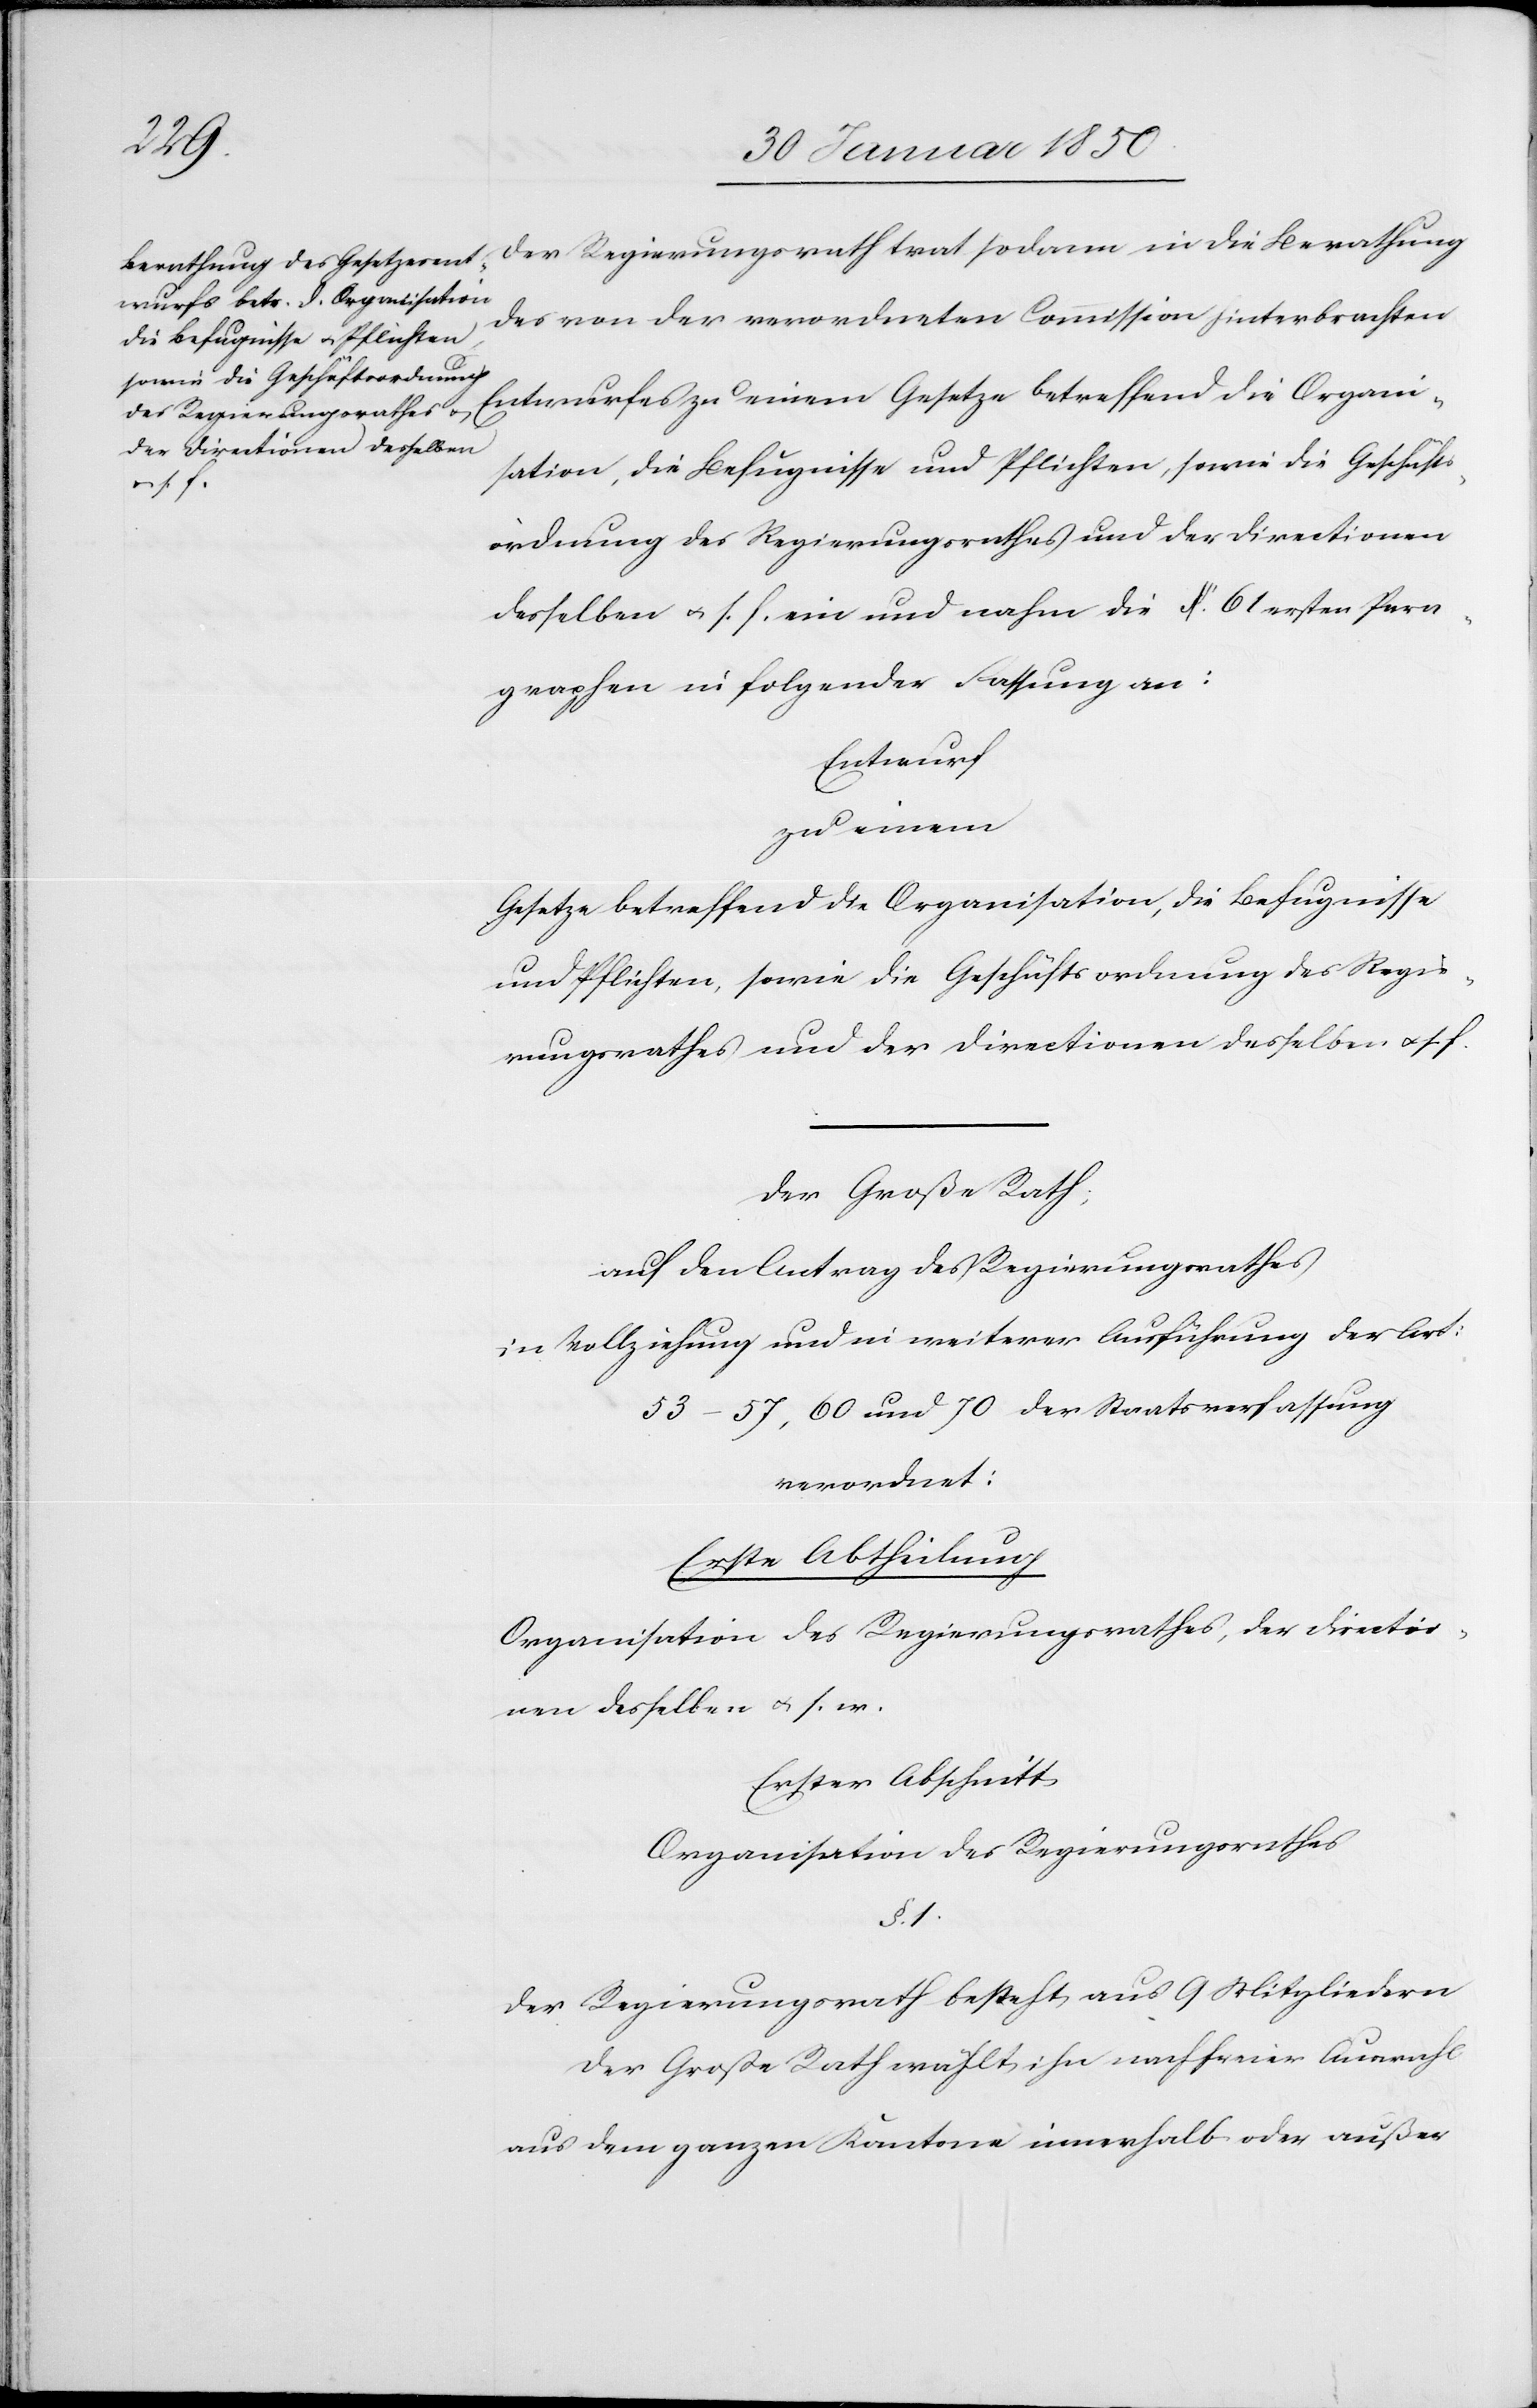
Der Regierungsrath trat sodann in die Berathung
des von der verordneten Commission hinterbrachten
Entwurfes zu einem Gesetze betreffend die Organis¬
ation, die Befugnisse und Pflichten, sowie die Geschäfts¬
ordnung des Regierungsrathes und der Directionen
desselben u. s. f. ein und nahm die 61. ersten Para¬
graphen in folgender Fassung an:
Entwurf
zu einem
Gesetze betreffend die Organisation, die Befugnisse
und Pflichten, sowie die Geschäftsordnung des Regie¬
rungsrathes und der Directionen desselben u. s. f.
Der Große Rath;
auf den Antrag des Regierungsrathes
in Vollziehung und in weiterer Ausführung der Art:
53–57, 60 und 70 der Staatsverfassung
verordnet:
Erste Abtheilung
Organisation des Regierungsrathes, der Directio¬
nen desselben u. s. w.
Erster Abschnitt
Organisation des Regierungsrathes
§. 1.
Der Regierungsrath besteht aus 9 Mitgliedern
Der Große Rath wählt ihn nach freier Auswahl
aus dem ganzen Kantone innerhalb oder außer